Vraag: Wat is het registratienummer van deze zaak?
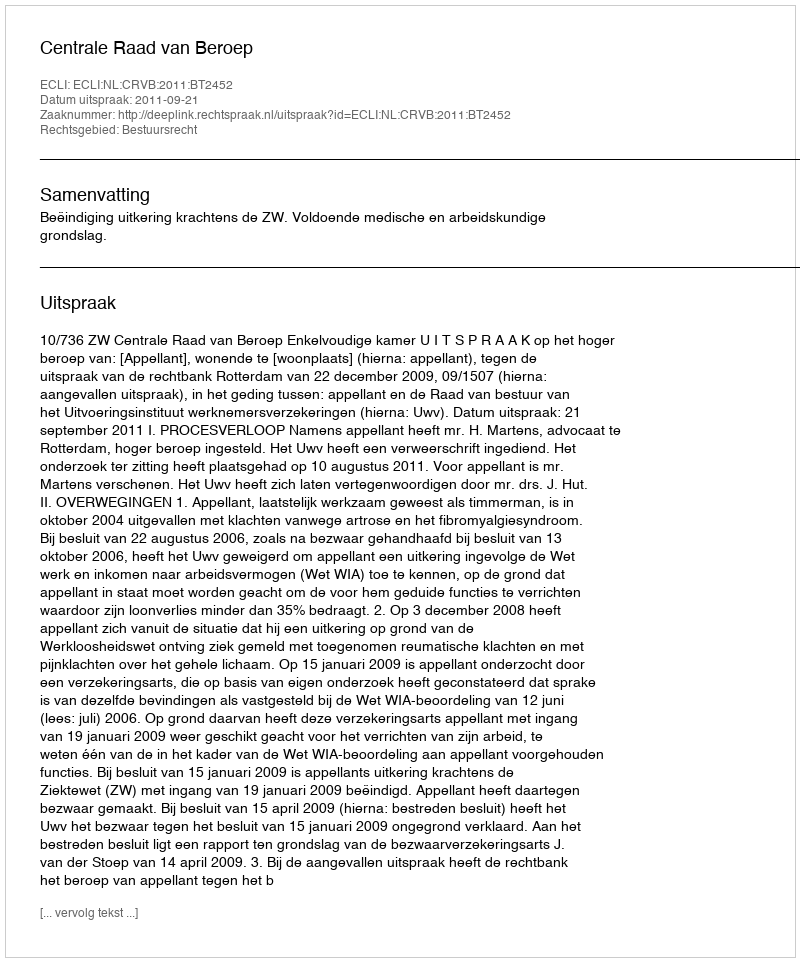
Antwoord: http://deeplink.rechtspraak.nl/uitspraak?id=ECLI:NL:CRVB:2011:BT2452